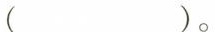
()。